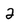
Character: 2